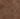
أقال